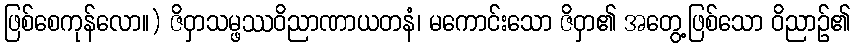
ဖြစ်စေကုန်လော။) ဇိဝှာသမ္ဖဿဝိညာဏာယတနံ၊ မကောင်းသော ဇိဝှာ၏ အတွေ့ဖြစ်သော ဝိညာဉ်၏